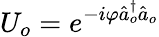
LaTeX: U_{o}=e^{-i\varphi\hat{a}_{o}^{\dagger}\hat{a}_{o}}